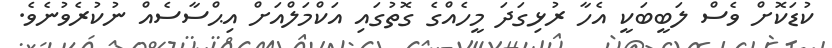
ކުޑަކޮށް ވެސް ލަބީބަކީ އެހާ ރުޅިގަދަ މީހެއްގެ ގޮތުގައި އަކްމަލްއަށް އިޙްސާސެއް ނުކުރެވުނެވެ.